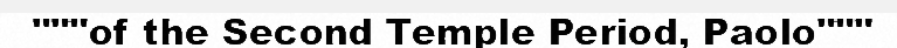
"""of the Second Temple Period, Paolo"""